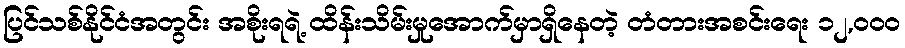
ပြင်သစ်နိုင်ငံအတွင်း အစိုးရရဲ့ ထိန်းသိမ်းမှုအောက်မှာရှိနေတဲ့ တံတားအစင်းရေး ၁၂,၀၀၀